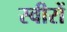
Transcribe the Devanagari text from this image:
स्वीरों